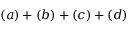
( a ) + ( b ) + ( c ) + ( d )